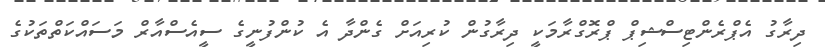
ދިރާގު އެޕްރެންޓިސްޝިޕް ޕްރޮގްރާމަކީ ދިރާގުން ކުރިއަށް ގެންދާ އެ ކުންފުނީގެ ސީއެސްއާރް މަސައްކަތްތަކުގެ